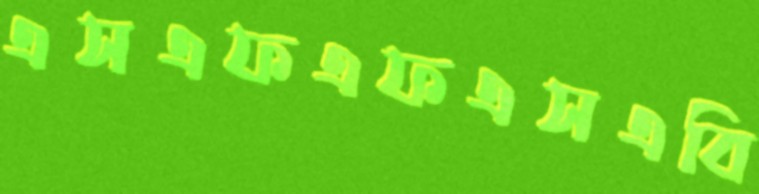
এসএফএফএসএবি